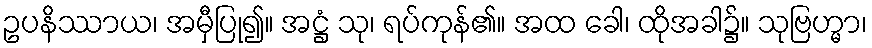
ဥပနိဿာယ၊ အမှီပြု၍။ အဋ္ဌံ သု၊ ရပ်ကုန်၏။ အထ ခေါ၊ ထိုအခါ၌။ သုဗြဟ္မာ၊